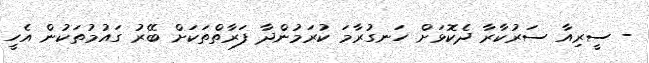
- ސީރިއާ ސަރުކާރާ ދެކޮޅަށް ހަނގުރާމަ ކުރަމުންދާ ފަރާތްތަކަށް ބޭރު ގައުމުތަކުން އެހީ